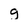
Character: g